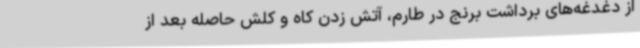
از دغدغه‌های برداشت برنج در طارم، آتش زدن کاه و کلش حاصله بعد از